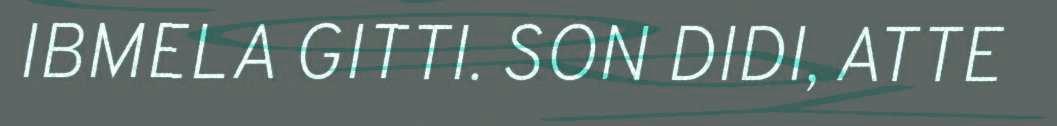
IBMELA GITTI. SON DIDI, ATTE